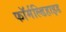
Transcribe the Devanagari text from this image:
फॉर्मल्डिहाइड